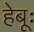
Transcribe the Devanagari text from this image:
हेबूः